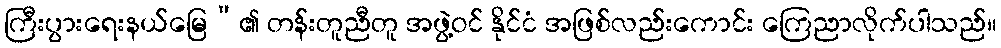
ကြီးပွားရေးနယ်မြေ”၏ တန်းတူညီတူ အဖွဲ့ဝင် နိုင်ငံ အဖြစ်လည်းကောင်း ကြေညာလိုက်ပါသည်။